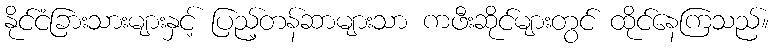
နိုင်ငံခြားသားများနှင့် ပြည့်တန်ဆာများသာ ကဖီးဆိုင်များတွင် ထိုင်နေကြသည်။